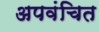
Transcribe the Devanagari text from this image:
अपवंचित